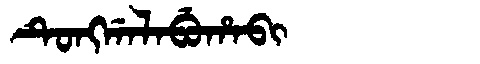
Manchu: ᡨᡠᠩᡤᠠᠯᠠᠪᡠᡥᠠᠪᡳ
Romanization: TUNGGALABUHABI